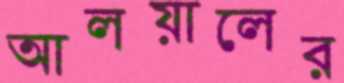
আলয়ালের